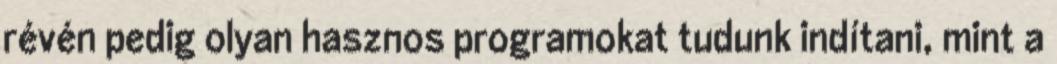
révén pedig olyan hasznos programokat tudunk indítani, mint a